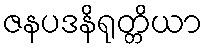
ဇနပဒနိရုတ္တိယာ